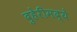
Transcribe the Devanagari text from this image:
दुहेरीमद्ये